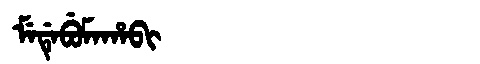
Manchu: ᠮᡝᡩᡝᠪᡠᠮᠠᡥᠠᠪᡳ
Romanization: MEDEBUMAHABI